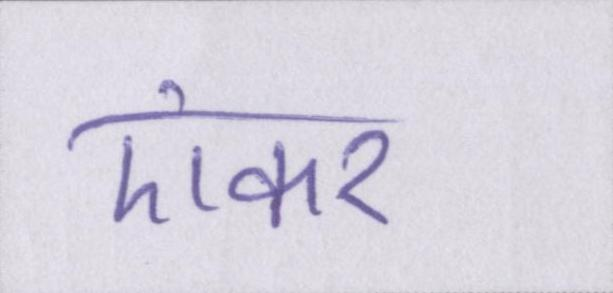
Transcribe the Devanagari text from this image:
एंकर